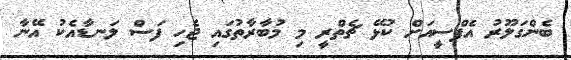
ބެންގަލޫރު އެފްސީއަށް ކުޅޭ ޗެތްރީ މި މުބާރާތުގައި ޖެހި ފަސް ލަނޑާއެކު އޭނާ